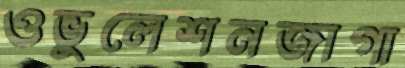
ওভুলেশনজাগা